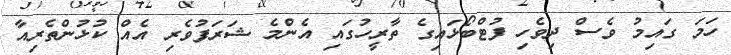
ހަމަ ގައިމު ވެސް ދިވެހި ފުޓްބޯޅައިގެ ތާރީހުގައި އެންމެ ޝަރަފުވެރި އެއް ކުޅުންތެރިއާ